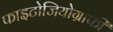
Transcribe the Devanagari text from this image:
फाइटोजियोग्राफी